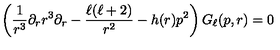
\left( \frac { 1 } { r ^ { 3 } } \partial _ { r } r ^ { 3 } \partial _ { r } - \frac { \ell ( \ell + 2 ) } { r ^ { 2 } } - h ( r ) p ^ { 2 } \right) G _ { \ell } ( p , r ) = 0